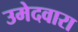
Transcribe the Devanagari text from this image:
उमेदवारा